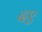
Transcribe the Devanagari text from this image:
दए